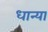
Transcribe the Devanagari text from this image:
धान्या